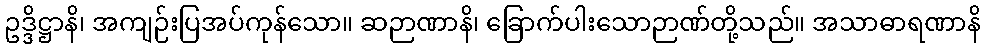
ဥဒ္ဒိဋ္ဌာနိ၊ အကျဉ်းပြအပ်ကုန်သော။ ဆဉာဏာနိ၊ ခြောက်ပါးသောဉာဏ်တို့သည်။ အသာဓာရဏာနိ